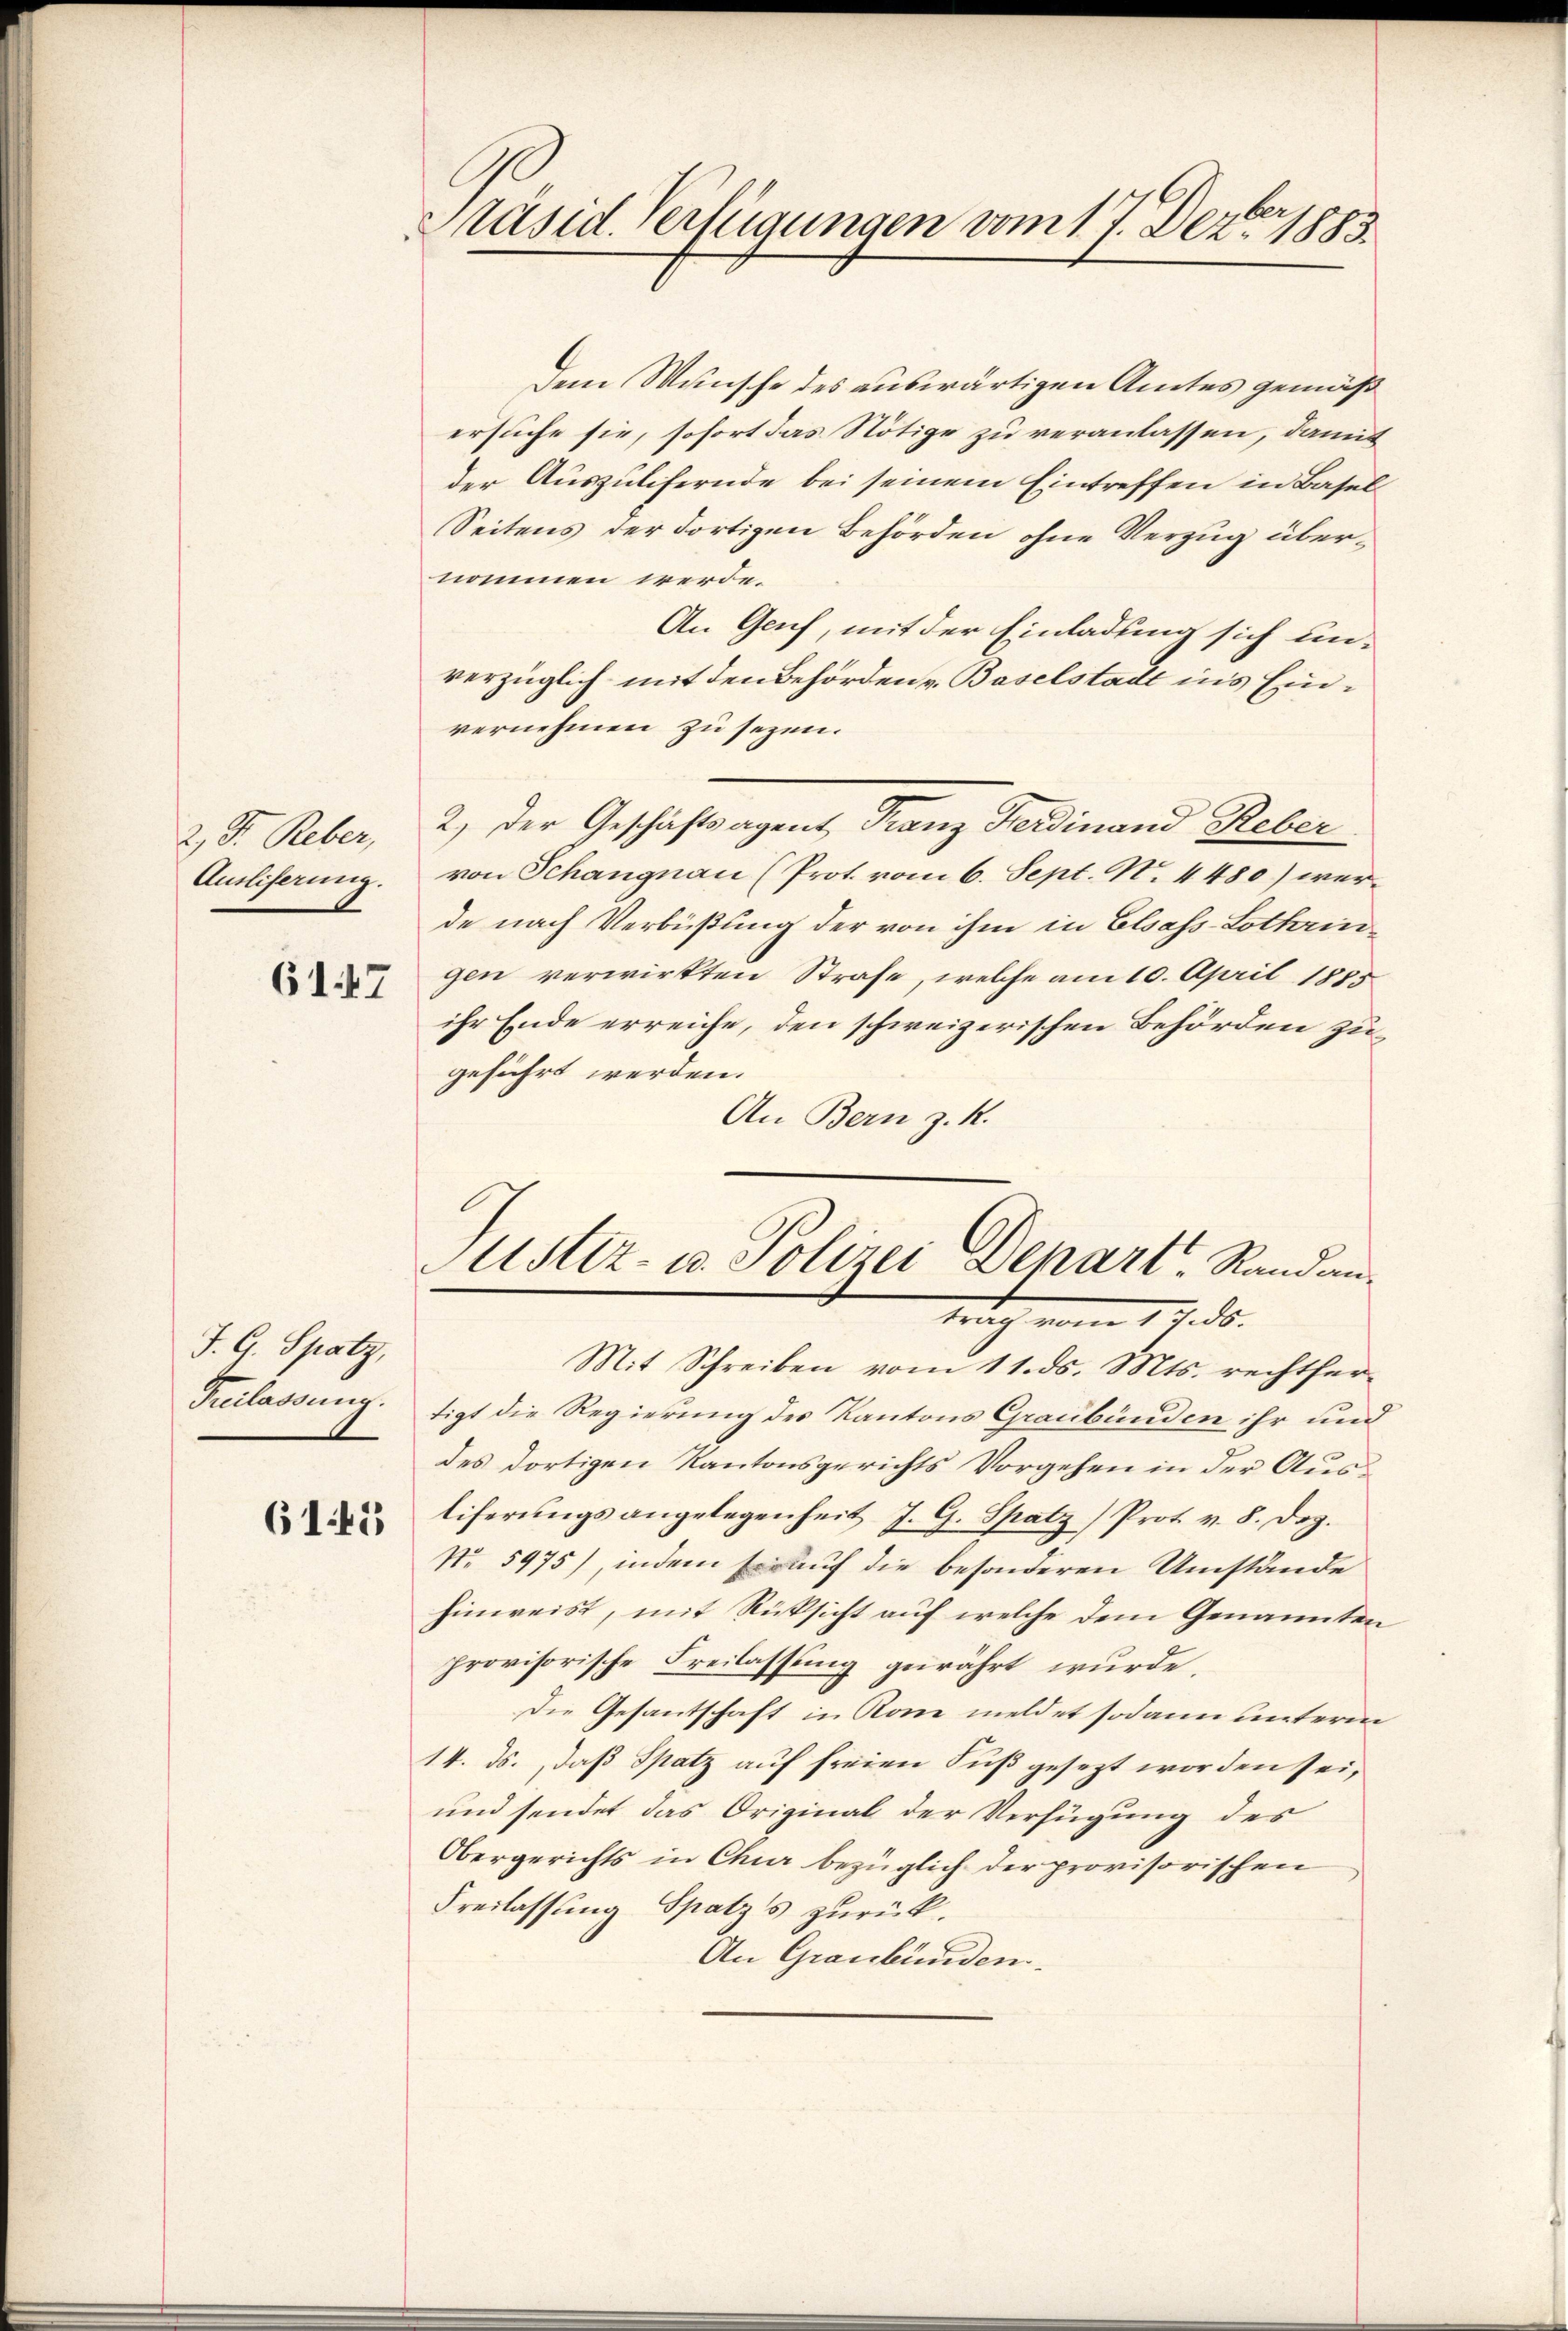
2) D. Reber,
Ausliferung.

6147

J. G. Spatz,
Freilassung.

615

Präsid. Verfügungen vom 17. Dezbr 1883.

dem Wunsche des auswärtigen Amtes gemäß
ersuche sie, sofort das Nötige zu veranlassen, damit
der Auszulifernde bei seinem Eintreffen in Basel¬
Seitens der dortigen Behörden ohne Verzug übernommen werde.
An Genf, mit der Einladung sich un-
verzüglich mit den Behörden v. Baselstadt in’s Einvernehmen zu sezen.
2.) Der Geschäftsagent Franz Ferdinand Reber
von Schangnau (Prot. vom 6. Sept. N. 4480) werde nach Verbüßung der von ihm in Elsass-Lothringen verwirkten Strafe, welche am 10. April 1885
ihr Ende erreiche, den schweizerischen Behörden zugeführt werden.
An Bern z. K.
Justiz- u. Polizei Depart, Randantrag vom 17. ds.
Mit Schreiben vom 11. ds. Mts. rechtfertigt die Regierung des Kantons Graubünden ihr und
des dortigen Kantonsgerichts Vorgehen in der Austiferŭngsangelegenheit J. G. Spatz) Prot. v. 8. Dez.
No. 5975), indem Er auf die besonderen Umstände
hinweist, mit Rücksicht auf welche dem Genannten,
provisorische Freilassung gewährt wurde.
Die Gesantschaft in Rom meldet sodann unterm
14. ds., daß Spatz auf freien Fuß gesezt worden sei,
und sendet das Original der Verfügung des
Obergerichts in Chur bezüglich der provisorischen
Freilassung Spatz's zurück.
An Graubünden.